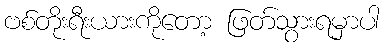
ဗစ်တိုးရီးယားကိုတော့ ဖြတ်သွားရမှာပါ